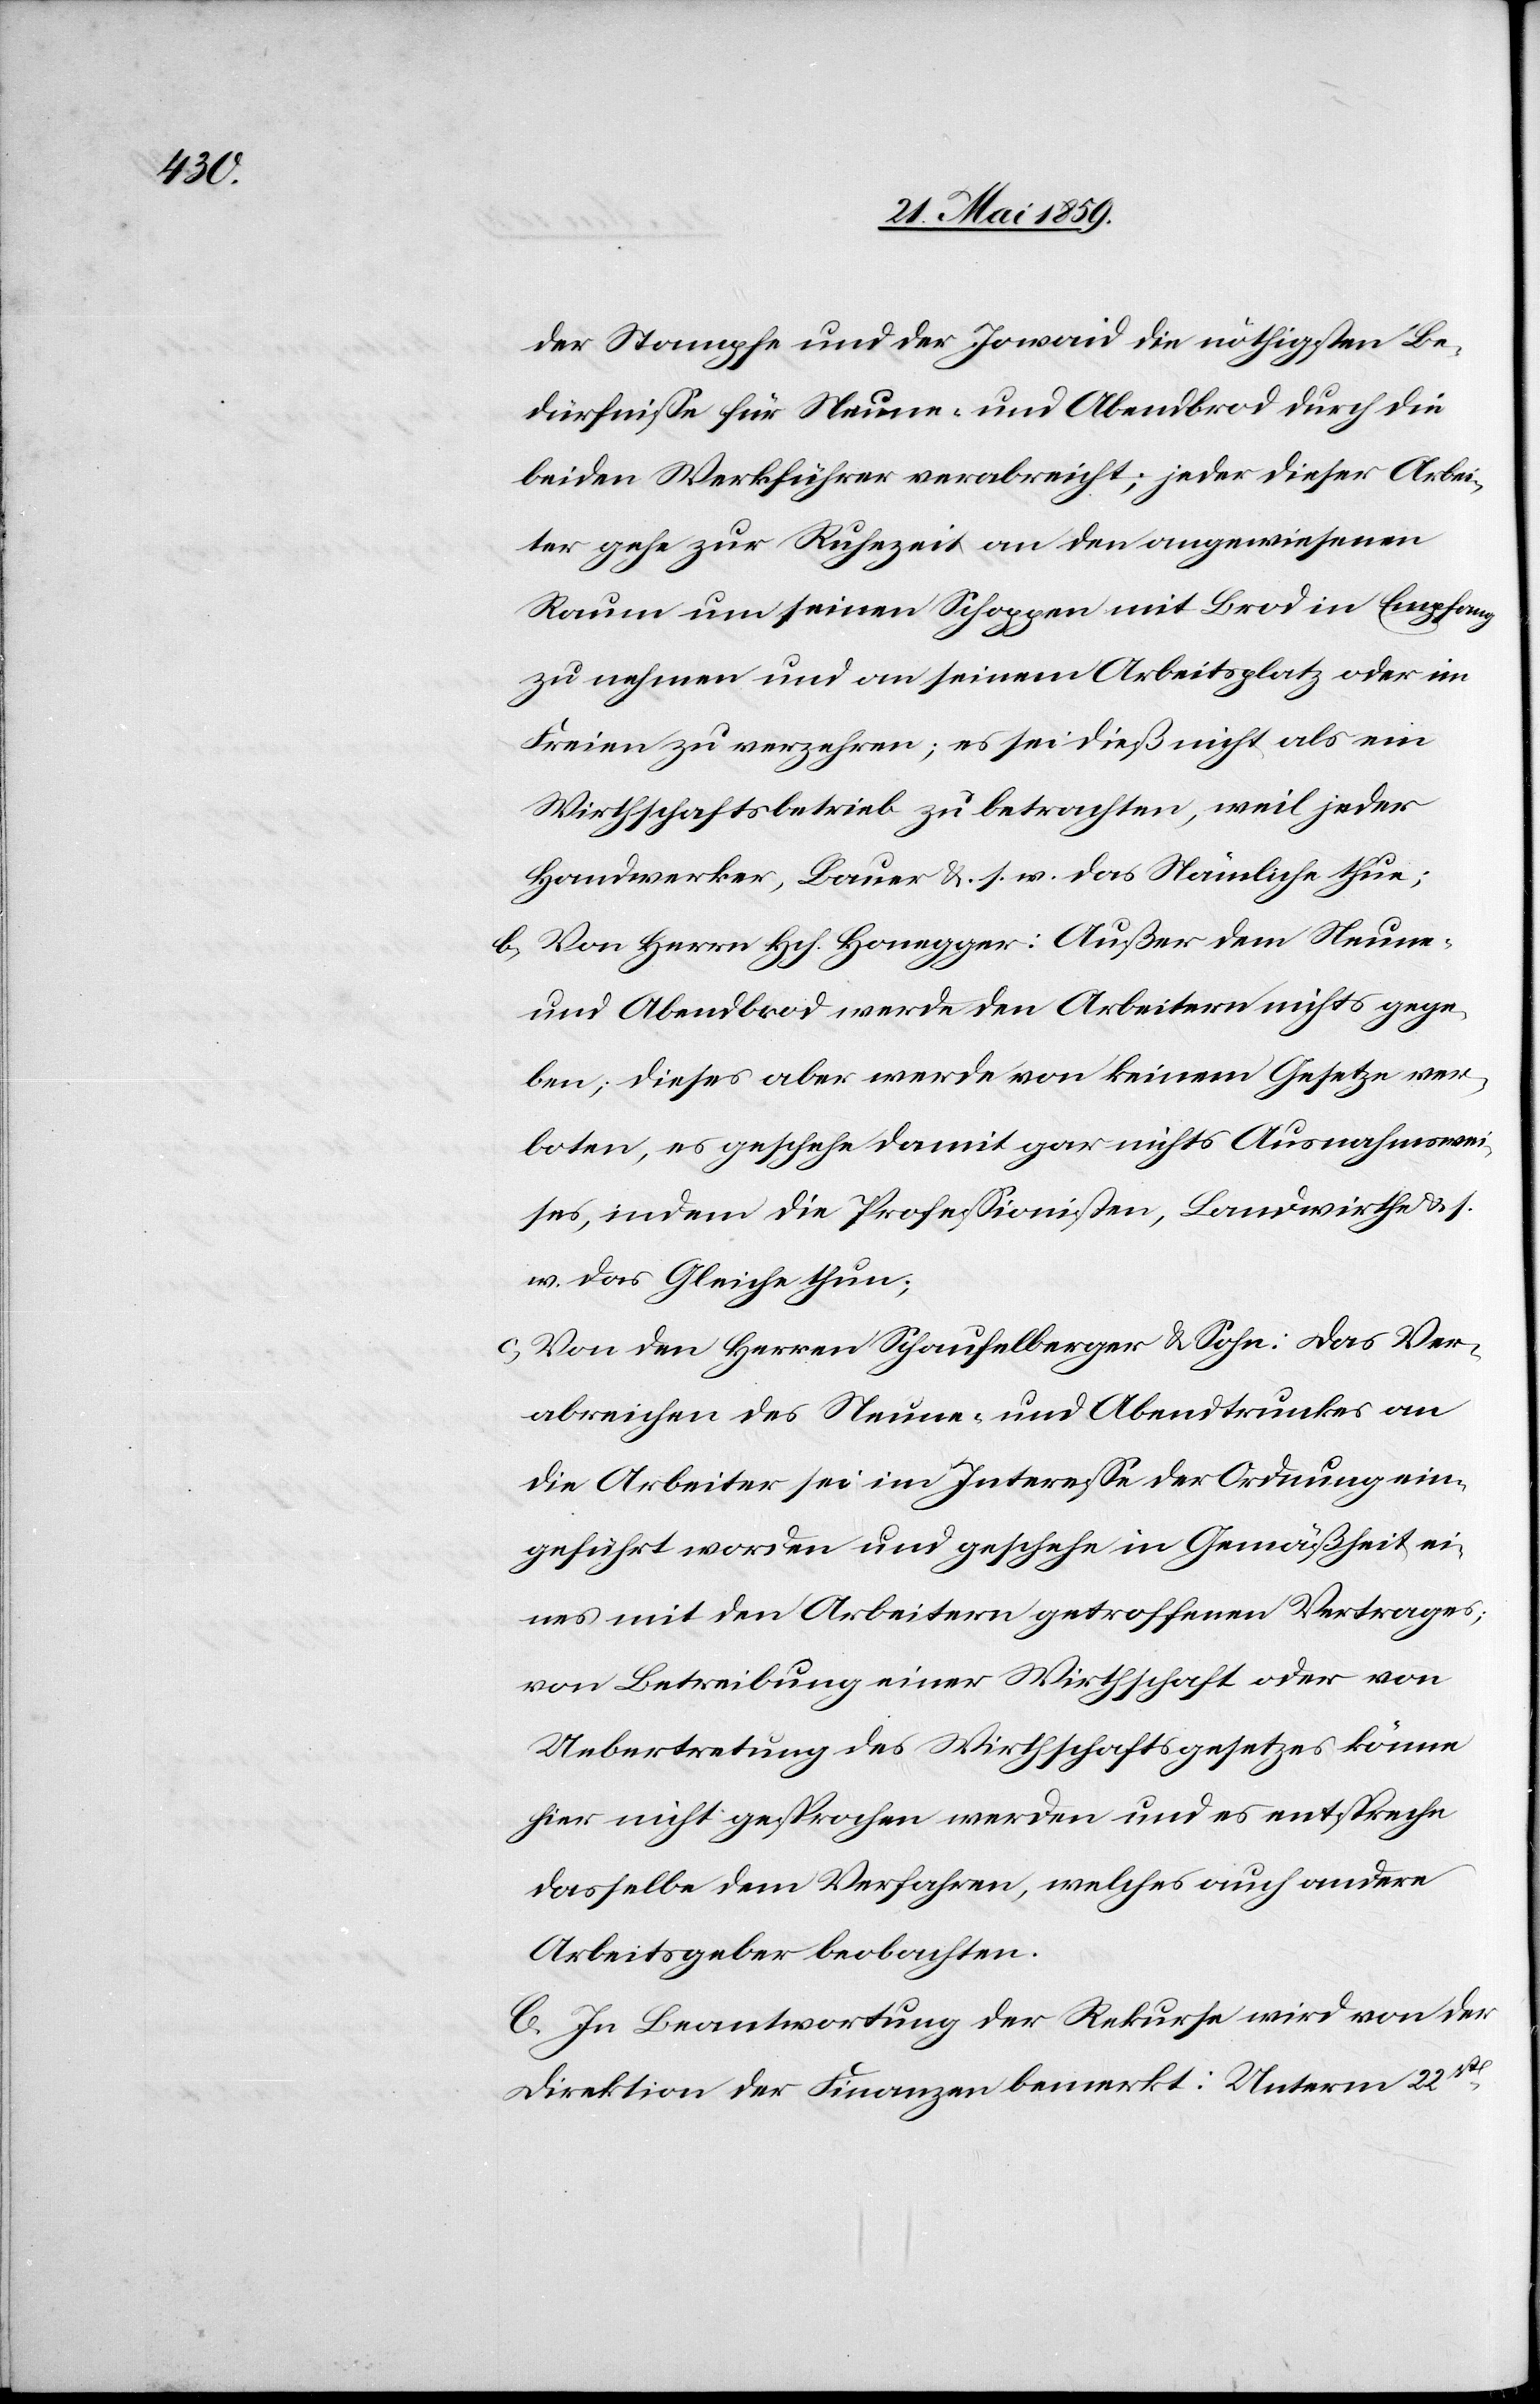
der Stampfe und der Jowaid die nöthigsten Be¬
dürfniße für Neune- und Abendbrod durch die
beiden Werkführer verabreicht; jeder dieser Arbei¬
ter gehe zur Ruhezeit an den angewiesenen
Raum um seinen Schoppen mit Brod in Empfang
zu nehmen und an seinem Arbeitsplatz oder im
Freien zu verzehren; es sei dieß nicht als ein
Wirtschaftsbetrieb zu betrachten, weil jeder
Handwerker, Bauer u. s. w. das Nämliche thue;
b) Von Herrn Hch. Honegger: Außer dem Neune-
und Abendbrod werde den Arbeitern nichts gege¬
ben; dieses aber werde von keinem Gesetze ver¬
boten, es geschehe damit gar nichts Ausnahmswei¬
ses, indem die Professionisten, Landwirthe u. s.
w. das Gleiche thun;
c) Von den Herren Schaufelberger & Sohn: das Ver¬
abreichen des Neune- und Abendtrunkes an
die Arbeiter sei im Interesse der Ordnung ein¬
geführt worden und geschehe in Gemäßheit ei¬
nes mit den Arbeitern getroffenen Vertrages;
von Betreibung einer Wirtschaft oder von
Uebertretung des Wirtschaftsgesetztes könne
hier nicht gesprochen werden und es entspreche
dasselbe dem Verfahren, welches auch andere
Arbeitsgeber beobachten.
C. In Beantwortung der Rekurse wird von der
Direktion der Finanzen bemerkt: Unterm 22st[en]